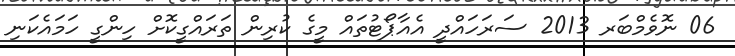
06 ނޮވެމްބަރ 2013 ސަރަހައްދީ އެއާޕޯޓުތައް މީގެ ކުރިން ތަރައްގީކޮށް ހިންގީ ހަމައެކަނި